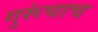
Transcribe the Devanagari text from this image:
गुरूंचाच